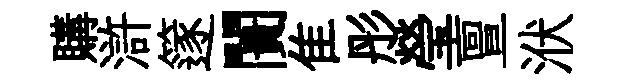
購滸篴闠隹彤瑩亶洑